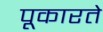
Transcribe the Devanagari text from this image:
पूकारते